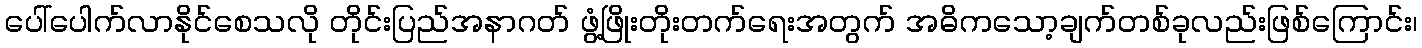
ပေါ်ပေါက်လာနိုင်စေသလို တိုင်းပြည်အနာဂတ် ဖွံ့ဖြိုးတိုးတက်ရေးအတွက် အဓိကသော့ချက်တစ်ခုလည်းဖြစ်ကြောင်း၊